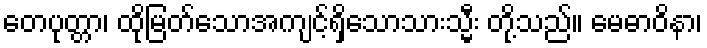
တေပုတ္တာ၊ ထိုမြတ်သောအကျင့်ရှိသောသားသ္မီး တို့သည်။ မေဓာဝိနာ၊